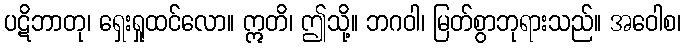
ပဋိဘာတု၊ ရှေးရှုထင်လော။ ဣတိ၊ ဤသို့။ ဘဂဝါ၊ မြတ်စွာဘုရားသည်။ အဝေါစ၊